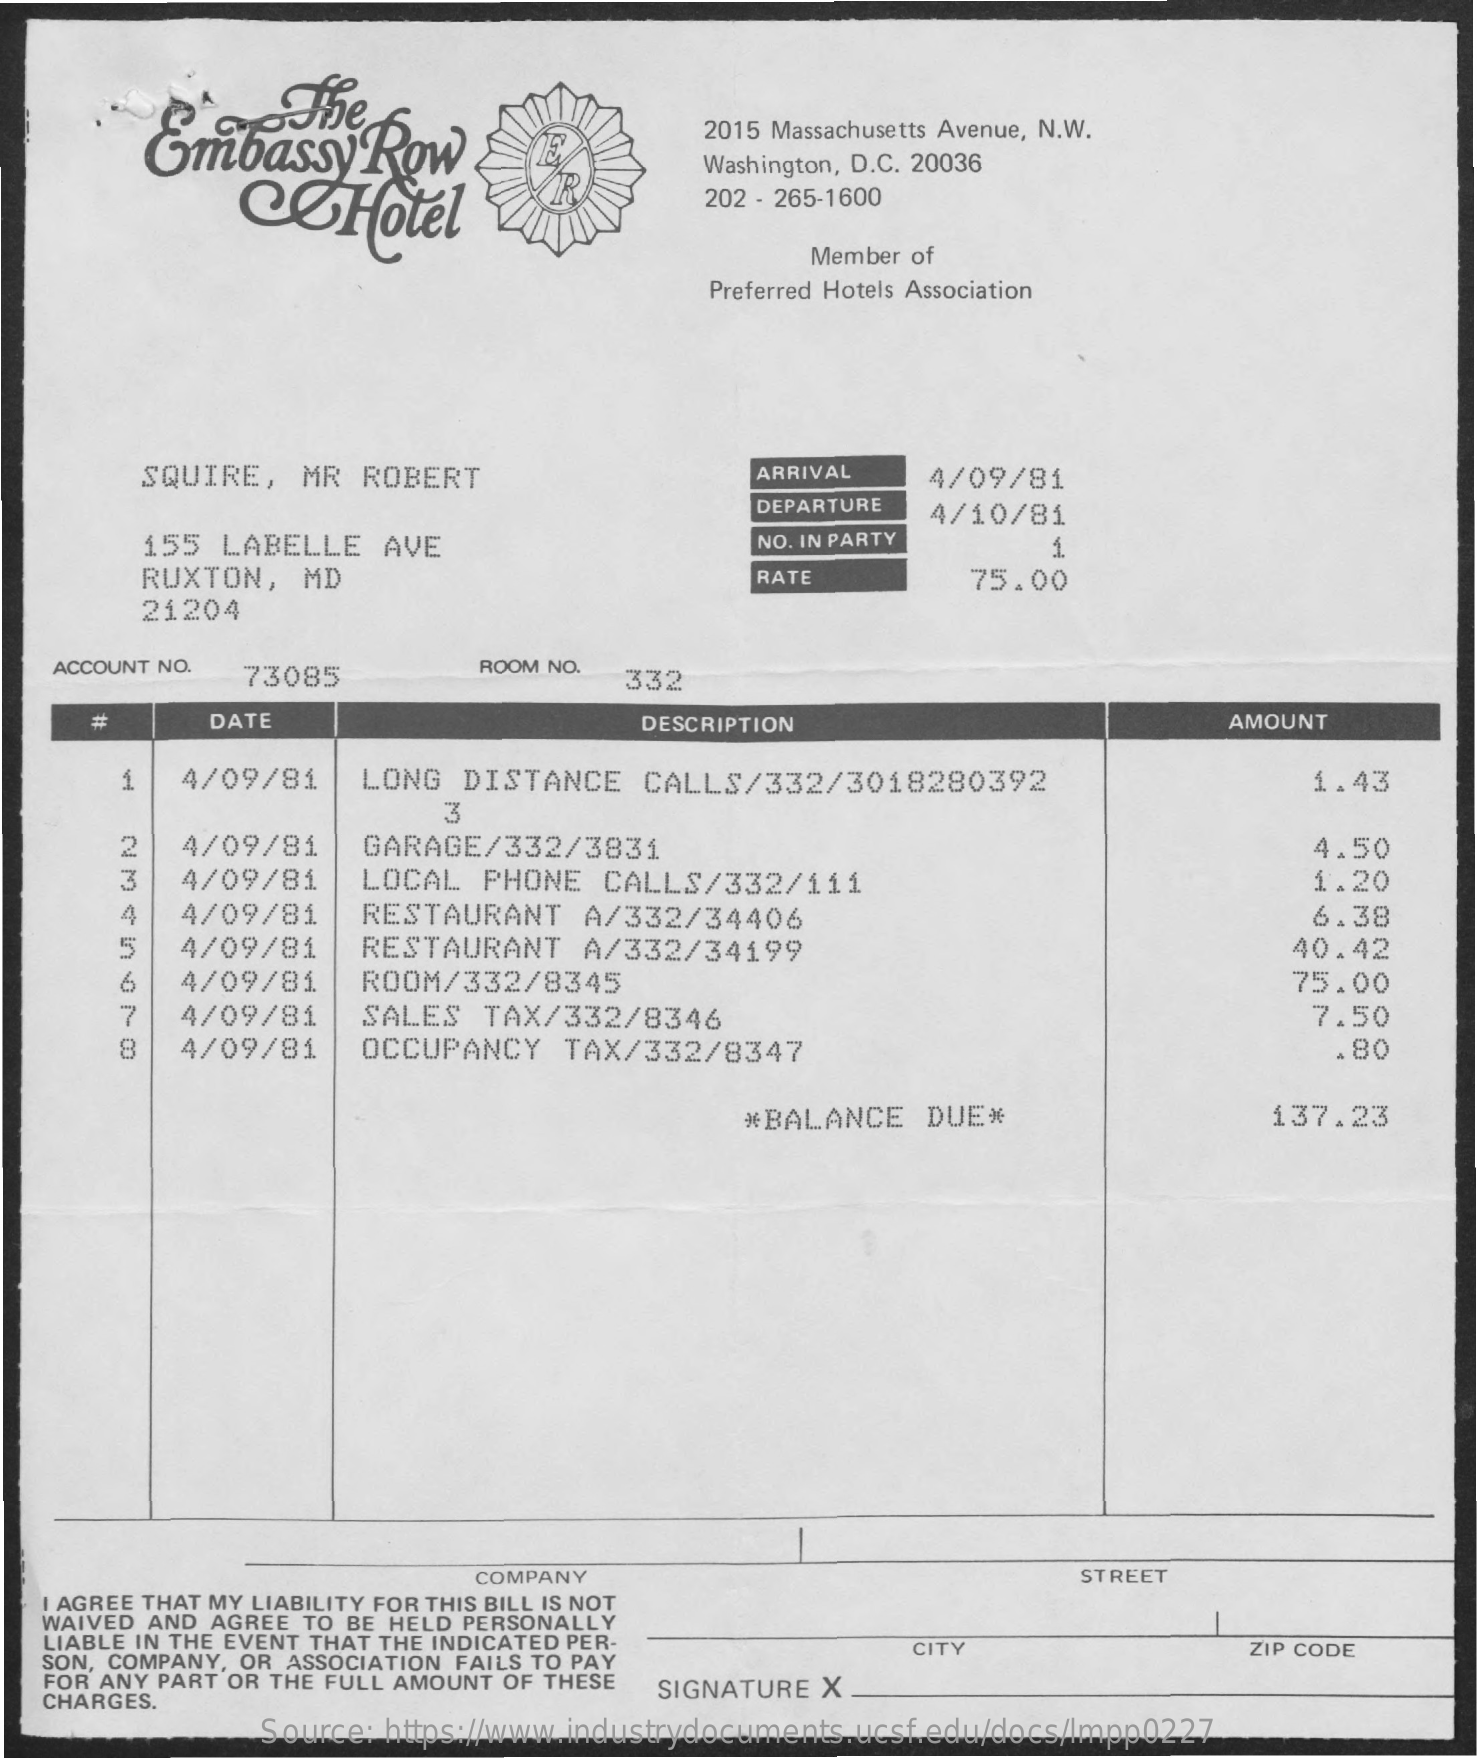
Gmbassy    Row
     2015 Massachusetts Avenue, N.W.
     COHotel
     Washington, D.C. 20036
     202 - 265-1600
     Member of
     Preferred Hotels Association
     SQUIRE,   MR ROBERT    ARRIVAL    4/09/81
     DEPARTURE  4/10/81
     155  LABELLE   AVE    NO. IN PARTY
     RUXTON,   MD    RATE    75.00
     21204
    ACCOUNT NO. 73085    ROOM NO.
     332
     #    DATE    DESCRIPTION    AMOUNT
     4/09/81    LONG  DISTANCE   CALLS/332/3018280392    1.43
     3
     4/09/81    GARAGE/332/3831    4.50
     3   4/09/81    LOCAL  PHONE  CALLS/332/111    1.20
     4   4/09/81    RESTAURANT   A/332/34406    6.38
     5   4/09/81    RESTAURANT   A/332/34199    40.42
     4/09/81    ROOM/332/8345    75.00
     4/09/81    SALES  TAX/332/8346    7.50
     4/09/81    OCCUPANCY   TAX/332/8347    .80
     *BALANCE   DUE*    137.23
     COMPANY    STREET
   I AGREE THAT MY LIABILITY FOR THIS BILL IS NOT
   WAIVED AND AGREE TO BE HELD PERSONALLY
   LIABLE IN THE EVENT THAT THE INDICATED PER-
   SON, COMPANY, OR ASSOCIATION FAILS TO PAY
     CITY    ZIP CODE
   FOR ANY PART OR THE FULL AMOUNT OF THESE
   CHARGES.
     SIGNATURE X
     Source: https://www.industrydocuments.ucsf.edu/docs/lmpp0227